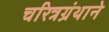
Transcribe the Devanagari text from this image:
चरित्रग्रंथाने